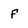
Character: F